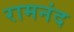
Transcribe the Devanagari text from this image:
रामनंद